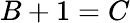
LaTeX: B+1=C